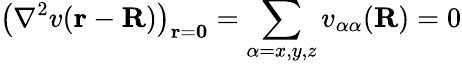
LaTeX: \left(\nabla^{2}v(\mathbf{r}-\mathbf{R})\right)_{\mathbf{r}=\mathbf{0}}=\sum_{\alpha=x,y,z}v_{\alpha\alpha}(\mathbf{R})=0